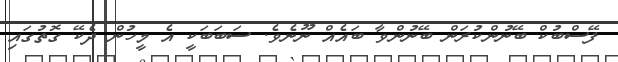
ފޭސްބުކް ބޭނުންކުރަން ބޭނުންވާ ބައެއް ނޫނެވެ. ސަބަބަކީ އެ މީހުން ދެކޭ ގޮތުގައި